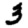
Digit: 3